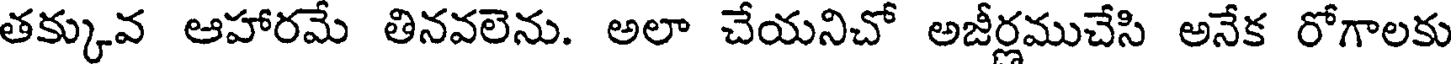
తక్కువ ఆహారమే తినవలెను. అలా చేయనిచో అజీర్లముచేసి అనేక రోగాలకు